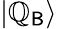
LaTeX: |\mathbb{Q}_{\mathsf{{B}}}\rangle